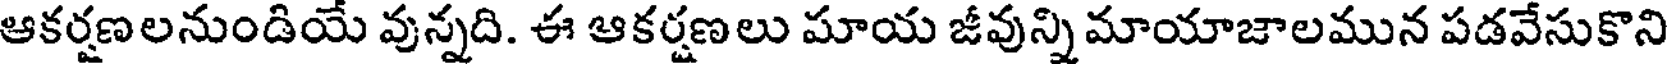
ఆకర్షణలనుండియే వున్నది. ఈ ఆకర్షణలు మాయ జీవున్ని మాయాజాలమున పడవేసుకొని